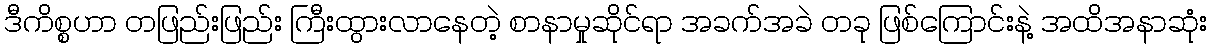
ဒီကိစ္စဟာ တဖြည်းဖြည်း ကြီးထွားလာနေတဲ့ စာနာမှုဆိုင်ရာ အခက်အခဲ တခု ဖြစ်ကြောင်းနဲ့ အထိအနာဆုံး